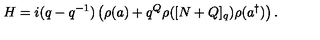
H = i ( q - q ^ { - 1 } ) \left( \rho ( a ) + q ^ { Q } \rho ( [ N + Q ] _ { q } ) \rho ( a ^ { \dagger } ) \right) .